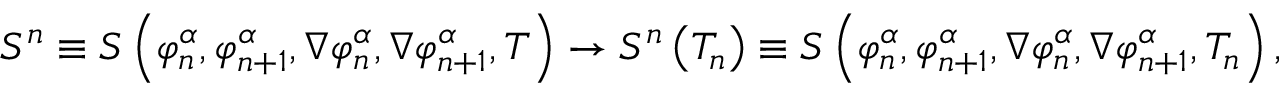
{ \cal S } ^ { n } \equiv { \cal S } \left( \varphi _ { n } ^ { \alpha } , \varphi _ { n + 1 } ^ { \alpha } , \nabla \varphi _ { n } ^ { \alpha } , \nabla \varphi _ { n + 1 } ^ { \alpha } , T \right) \rightarrow { \cal S } ^ { n } \left( T _ { n } \right) \equiv { \cal S } \left( \varphi _ { n } ^ { \alpha } , \varphi _ { n + 1 } ^ { \alpha } , \nabla \varphi _ { n } ^ { \alpha } , \nabla \varphi _ { n + 1 } ^ { \alpha } , T _ { n } \right) ,